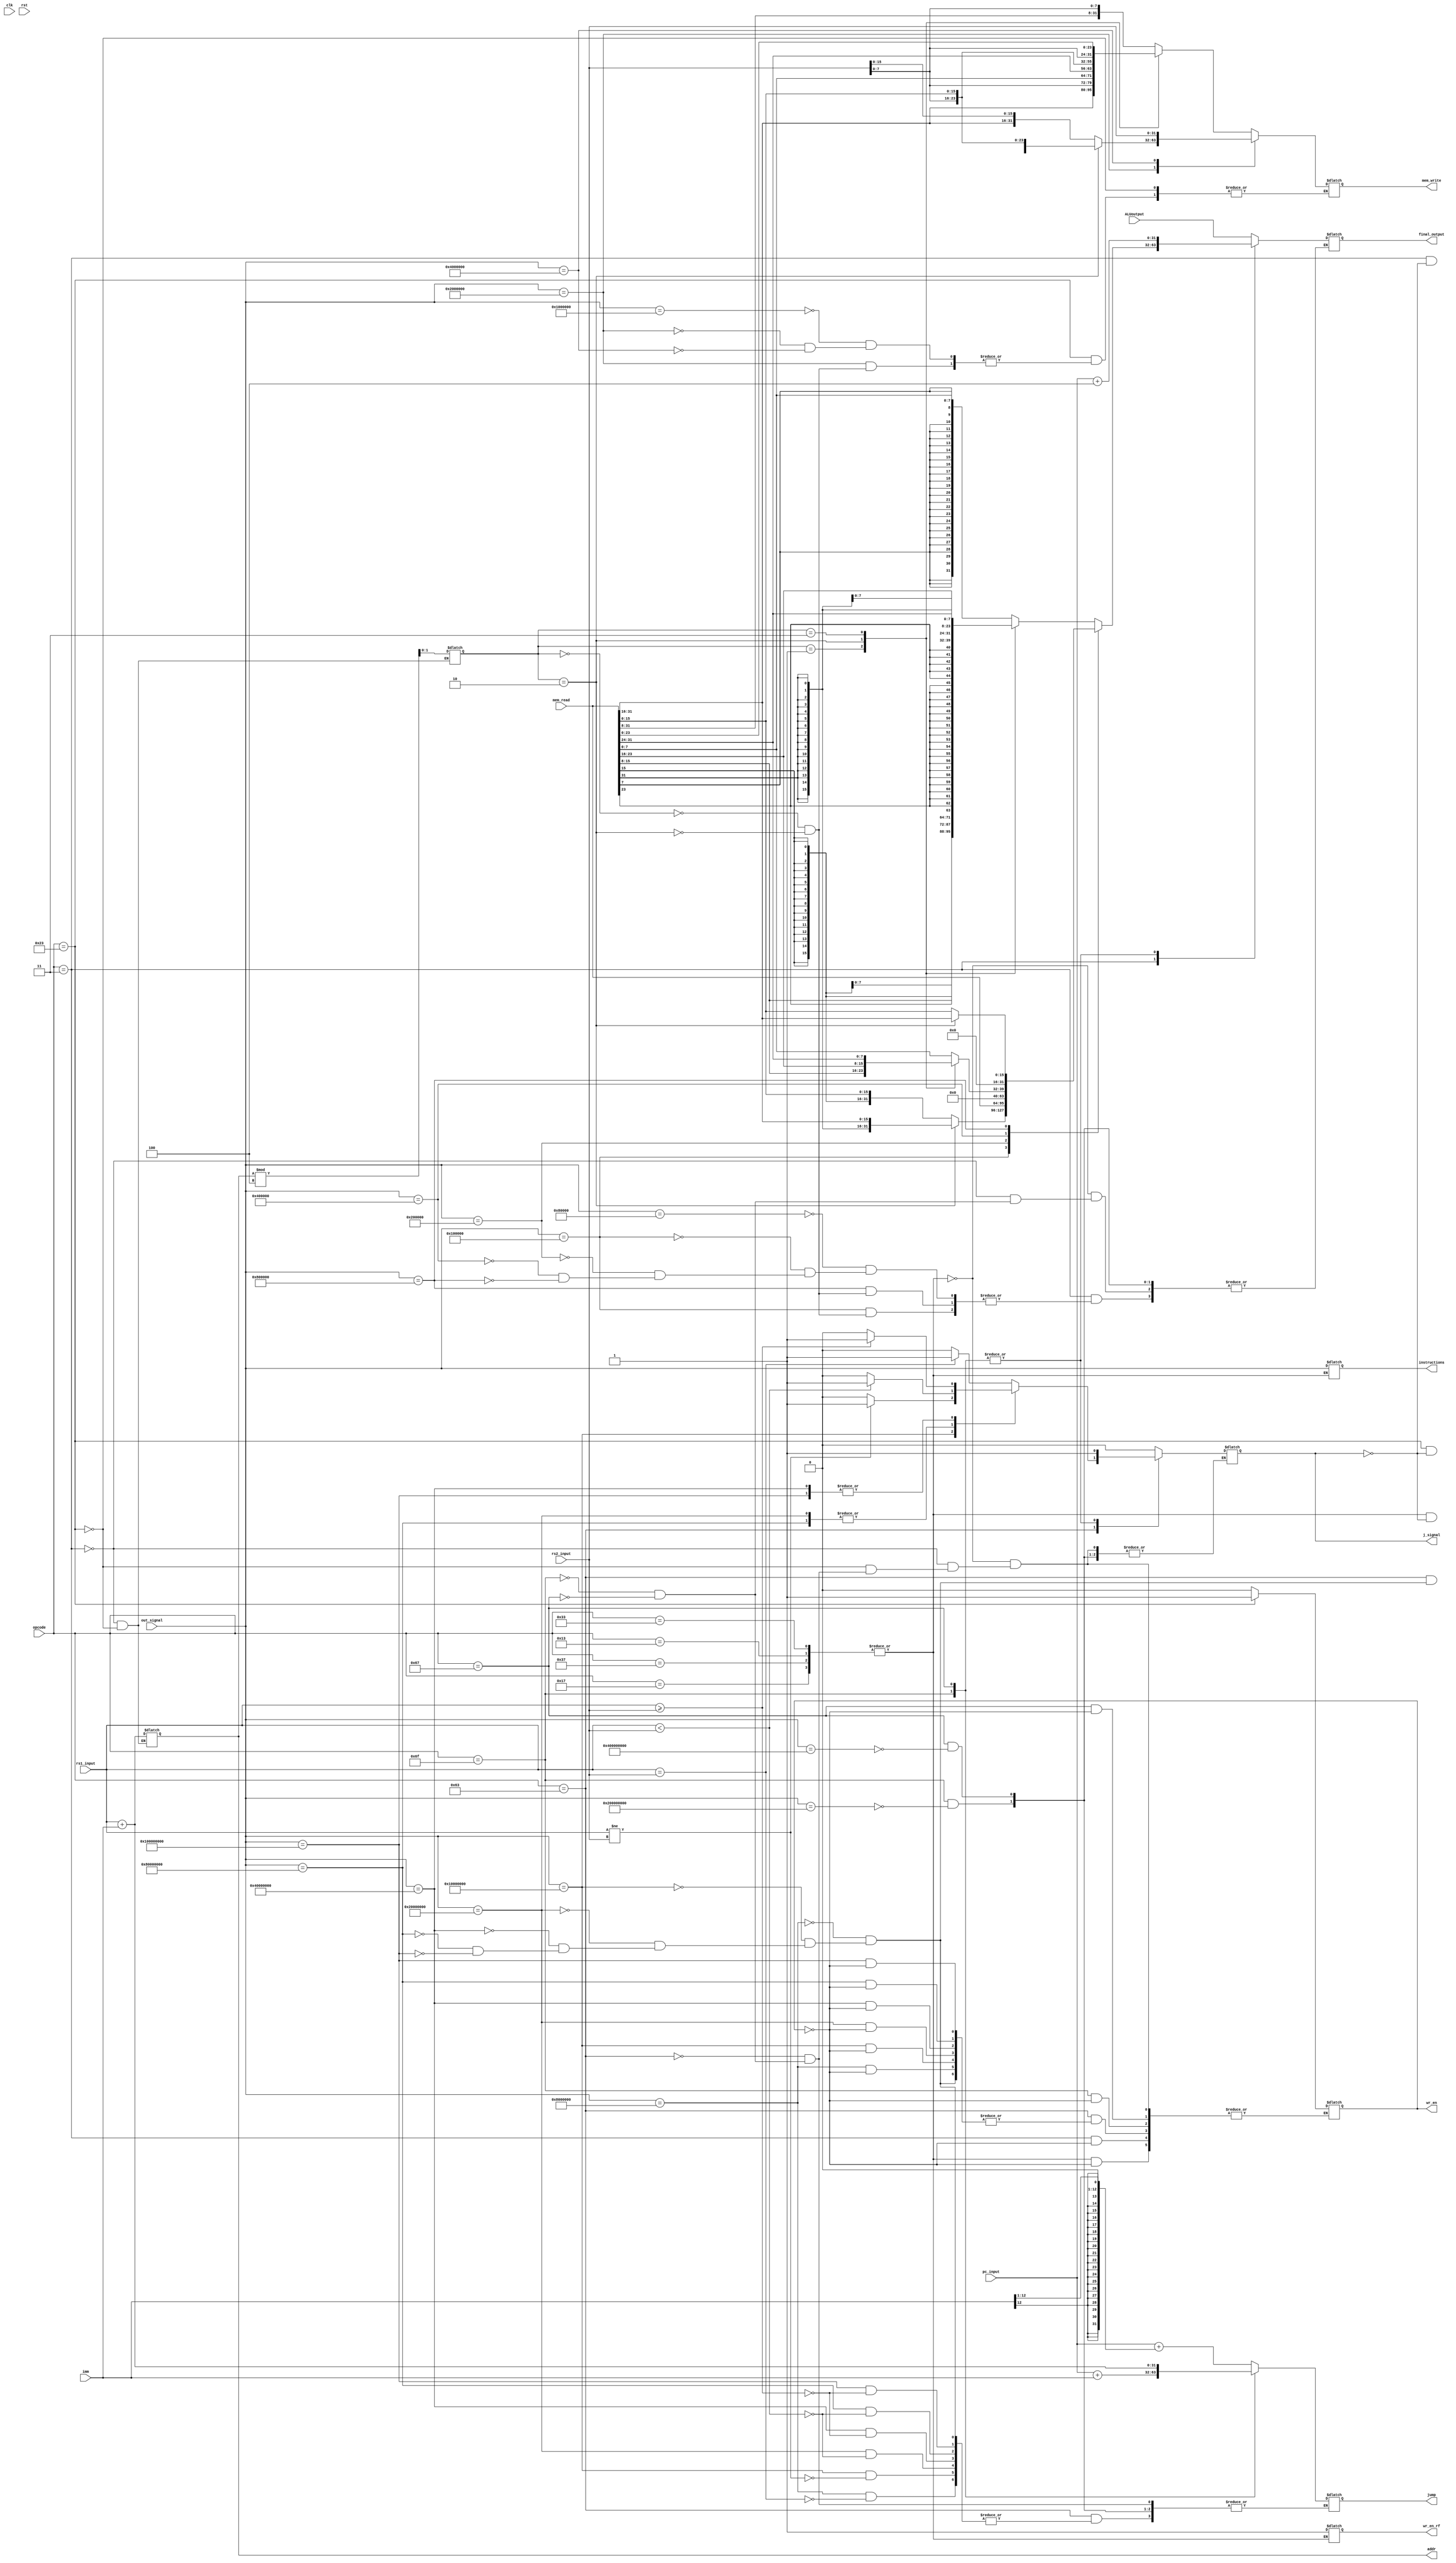
module control_unit(
	input clk,                                                                                                  //input clock
	input rst,                                                                                                  //reset pin
	input [31:0] rs2_input,                                                                                     //rs1 value from Rfile
	input [31:0] rs1_input,                                                                                     //rs2 value from Rfile
	input [31:0] imm,                                                                                           //immediate value from Rfile
	input [31:0] mem_read,                                                                                      //read data from memory
	input [36:0] out_signal,                                                                                    //instruction buss from decoder
	input [6:0] opcode,                                                                                         //opcode for instructions from Rfile
	input [31:0] pc_input,                                                                                      //input from PC(its output address) 
	input [31:0] ALUoutput,                                                                                            //output from ALU
	
	output reg [36:0] instructions,                                                                             //instruction bus for ALU
	output reg [31:0] mem_write,                                                                                //write data in memory
	output reg wr_en,                                                                                           //write signal(enable or disable
	output reg [31:0] addr,                                                                                     //address for memory
	output reg j_signal,                                                                                        //jump signal(enable or disable)
	output reg [31:0] jump,                                                                                     //jump output for pc
	output reg [31:0] final_output,                                                                              //goes into Rfile as rd
	output reg wr_en_rf
);
 reg [31:0] temp = 0;
 reg [1:0] mem_count = 0;
initial begin 
	wr_en_rf <= 0;
	wr_en <= 0;
	j_signal<= 0;
	instructions <= 0;
	mem_write <= 0;
	addr<=0;
	jump <= 0;
	final_output <= 0;
end	 

always@(*) begin
	case(opcode)
		7'b0110011, 7'b0010011, 7'b0110111, 7'b0010111, 7'b0110111, 7'b0010111 : begin                                      //calling ALU
			instructions <= out_signal;
			final_output <= ALUoutput;
			wr_en_rf <= 2'b1;
			if(j_signal==1) j_signal<=0;
			if(wr_en==1) wr_en<=0;
        end
        7'b0000011 : begin                                                                          // mem read set
			addr <= rs1_input + imm;																						//sending required address
			mem_count <= addr % 4;
			case(out_signal) 
				37'h80000 :begin
					case (mem_count)
						2'b00:final_output <= { {24{mem_read[7]}}, mem_read[7:0]};                        				 //lb
						2'b01:final_output <= { {24{mem_read[15]}}, mem_read[15:8]};
						2'b10:final_output <= { {24{mem_read[23]}}, mem_read[23:16]};
						2'b11:final_output <= { {24{mem_read[31]}},  mem_read[31:24]};
					endcase
				end
            37'h100000 :begin
					case (mem_count)
						2'b00: final_output <= { {16{mem_read[15]}}, mem_read[15:0]};                 										//lh
						2'b10: final_output <= { {16{mem_read[31]}}, mem_read[31:16]};
					endcase
				end
				37'h200000 : final_output <= mem_read[31:0];                                        //lw
            37'h400000 :begin
					case (mem_count)
						2'b00: final_output <= mem_read[7:0];                                         //lbu
						2'b01: final_output <= mem_read[15:8];
						2'b10: final_output <= mem_read[23:16];
						2'b11: final_output <= mem_read[31:24];
					endcase
				end
				37'h800000 :begin
					case(mem_count)
						2'b00: final_output <= mem_read[15:0];                                        //lhu
						2'b10: final_output <= mem_read[31:16];
					endcase
				end
			endcase                                                            
			if(j_signal==1)j_signal<=0;			                                           //enable read signal
			if(wr_en==1) wr_en<=0;
        end
        7'b0100011 : begin
				addr <= rs1_input + imm;                                                                //send assigned address
            wr_en <= 2'b1;                                                                          //enable write signal
            mem_count <= addr % 4;
				case(out_signal)
					 37'h1000000 :begin
						case(mem_count)
							2'b00: mem_write <= {mem_read[31:8], rs2_input[7:0]};                                      //sb
							2'b01: mem_write <= { mem_read[31:16],  rs2_input[7:0], mem_read[7:0]};
							2'b10: mem_write <= { mem_read[31:24], rs2_input[7:0], mem_read[15:0]};
							2'b11: mem_write <= { rs2_input[7:0], mem_read[23:0]};
						endcase
					end
                37'h2000000 :begin
						case(mem_count)
							2'b00: mem_write <= {mem_read[31:16], rs2_input[15:0]};                                     //sh
							2'b10: mem_write <= { rs2_input[15:0], mem_read[15:0]};
						endcase
					end
                37'h4000000 : mem_write <= rs2_input[31:0];													//sw
            endcase
			if(j_signal==1)j_signal<=0;
        end
        7'b1100011 :begin                                                                           //branch instruction set                                                                           
			case(out_signal)
				37'h8000000 :begin
					if(rs1_input == rs2_input) begin 
						jump <= pc_input + {{20{imm[12]}},imm[12:1],1'b0};                                                     //beq
                    	j_signal <= 2'b1;   
            		end 
						else begin
						j_signal <= 2'b0;
					end
						if(wr_en==1) wr_en<=0;
                end																				    //activate jump signal
				37'h10000000 :begin
					if(rs1_input != rs2_input) begin 
						jump <= pc_input +{{20{imm[12]}},imm[12:1],1'b0};                                                     //bne
						j_signal <= 2'b1;   
					end	
					else begin
						j_signal <= 2'b0;
					end
					if(wr_en==1) wr_en<=0;
				end																		            //activate jump signal					 
                37'h20000000 :begin
                    if(rs1_input < rs2_input) begin 
						jump <= pc_input +{{20{imm[12]}},imm[12:1],1'b0};                                                    //blt
						j_signal <= 2'b1;   
					end
					else begin
						j_signal <= 2'b0;
					end
					if(wr_en==1) wr_en<=0;
				end																		            //activate jump signal
				37'h40000000 :begin
					if(rs1_input >= rs2_input) begin 
						jump <= pc_input +{{20{imm[12]}},imm[12:1],1'b0};                                                     //bge
						j_signal <= 2'b1;   
					end
					else begin
						j_signal <= 2'b0;
					end
					if(wr_en==1) wr_en<=0;
				end																		            //activate jump signal 
                37'h80000000 :begin
					if(rs1_input < rs2_input) begin 
						jump <= pc_input +{{20{imm[12]}},imm[12:1],1'b0};                                                     //bltu 
						j_signal <= 2'b1;   
					end
					else begin
						j_signal <= 2'b0;
					end
					if(wr_en==1) wr_en<=0;
				end																			        //activate jump signal
                37'h100000000 :begin
					if(rs1_input >= rs2_input) begin 
						jump <= pc_input +{{20{imm[12]}},imm[12:1],1'b0};                                                     //bgeu
                        j_signal <= 2'b1;   
                     end
					 else begin
						j_signal <= 2'b0;
					end
							if(wr_en==1) wr_en<=0;
                  end																				    //activate jump signal 
			endcase
        end
        7'b1101111 : begin
			if(out_signal == 37'h200000000) begin   						  //jal	 
				jump <= pc_input + imm;
				j_signal <= 2'b1;  
                final_output <= pc_input + 4;
            end 
				if(wr_en==1) wr_en<=0;
        end
        7'b1100111 : begin                                                                          //jalr
			if(out_signal == 37'h400000000) begin			
				jump <= rs1_input + imm;
				j_signal <= 2'b1;  
            final_output <= pc_input + 4; 
            end
				if(wr_en==1) wr_en<=0;
        end
//        7'b0110111 : begin
//			if(j_signal==1)j_signal<=0;
//            if(out_signal == 37'h800000000) begin   
//				final_output <= {imm[31:12],12'b0};                                                          //lui
//            end
//				if(wr_en==1) wr_en<=0;
//        end
//        7'b0010111 : begin
//			if(j_signal==1)j_signal<=0;
//            if(out_signal == 37'h1000000000) begin   
//				final_output <= pc_input +{imm[31:12],12'b0};                                             //auipc 
//            end   
//				if(wr_en==1) wr_en<=0;				
  //      end
    endcase
end
endmodule